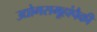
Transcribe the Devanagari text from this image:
उद्योगसमूहांपैकी